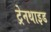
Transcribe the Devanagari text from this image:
ट्रेनथाइड